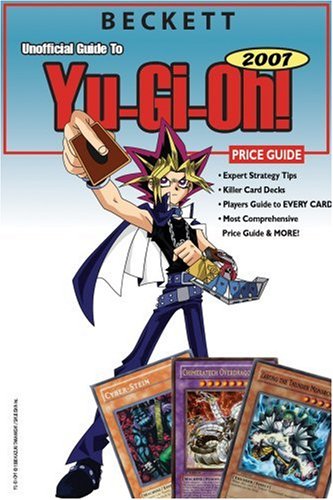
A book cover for Beckett Unofficial Guide to Yu-GI-Oh Price Guide; Michael Lucas; Science Fiction & Fantasy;